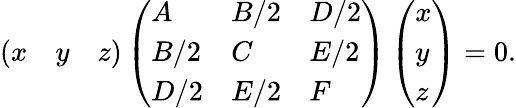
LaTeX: \left({\begin{array}{lll}{x}&{y}&{z}\end{array}}\right)\left({\begin{array}{lll}{A}&{B/2}&{D/2}\\ {B/2}&{C}&{E/2}\\ {D/2}&{E/2}&{F}\end{array}}\right)\left({\begin{array}{l}{x}\\ {y}\\ {z}\end{array}}\right)=0.